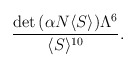
\begin{align*}\frac{\mbox{det}\, (\alpha N \langle S\rangle) \Lambda^{6}}{\langle S\rangle^{10}} .\end{align*}